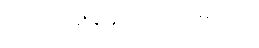
ခင်ဗျား မိုးချုန်းသံ ကြားမိလား။